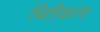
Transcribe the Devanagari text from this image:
चितीकरण